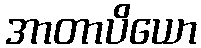
အာတာပိယော